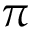
\pi